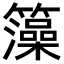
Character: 𮆼